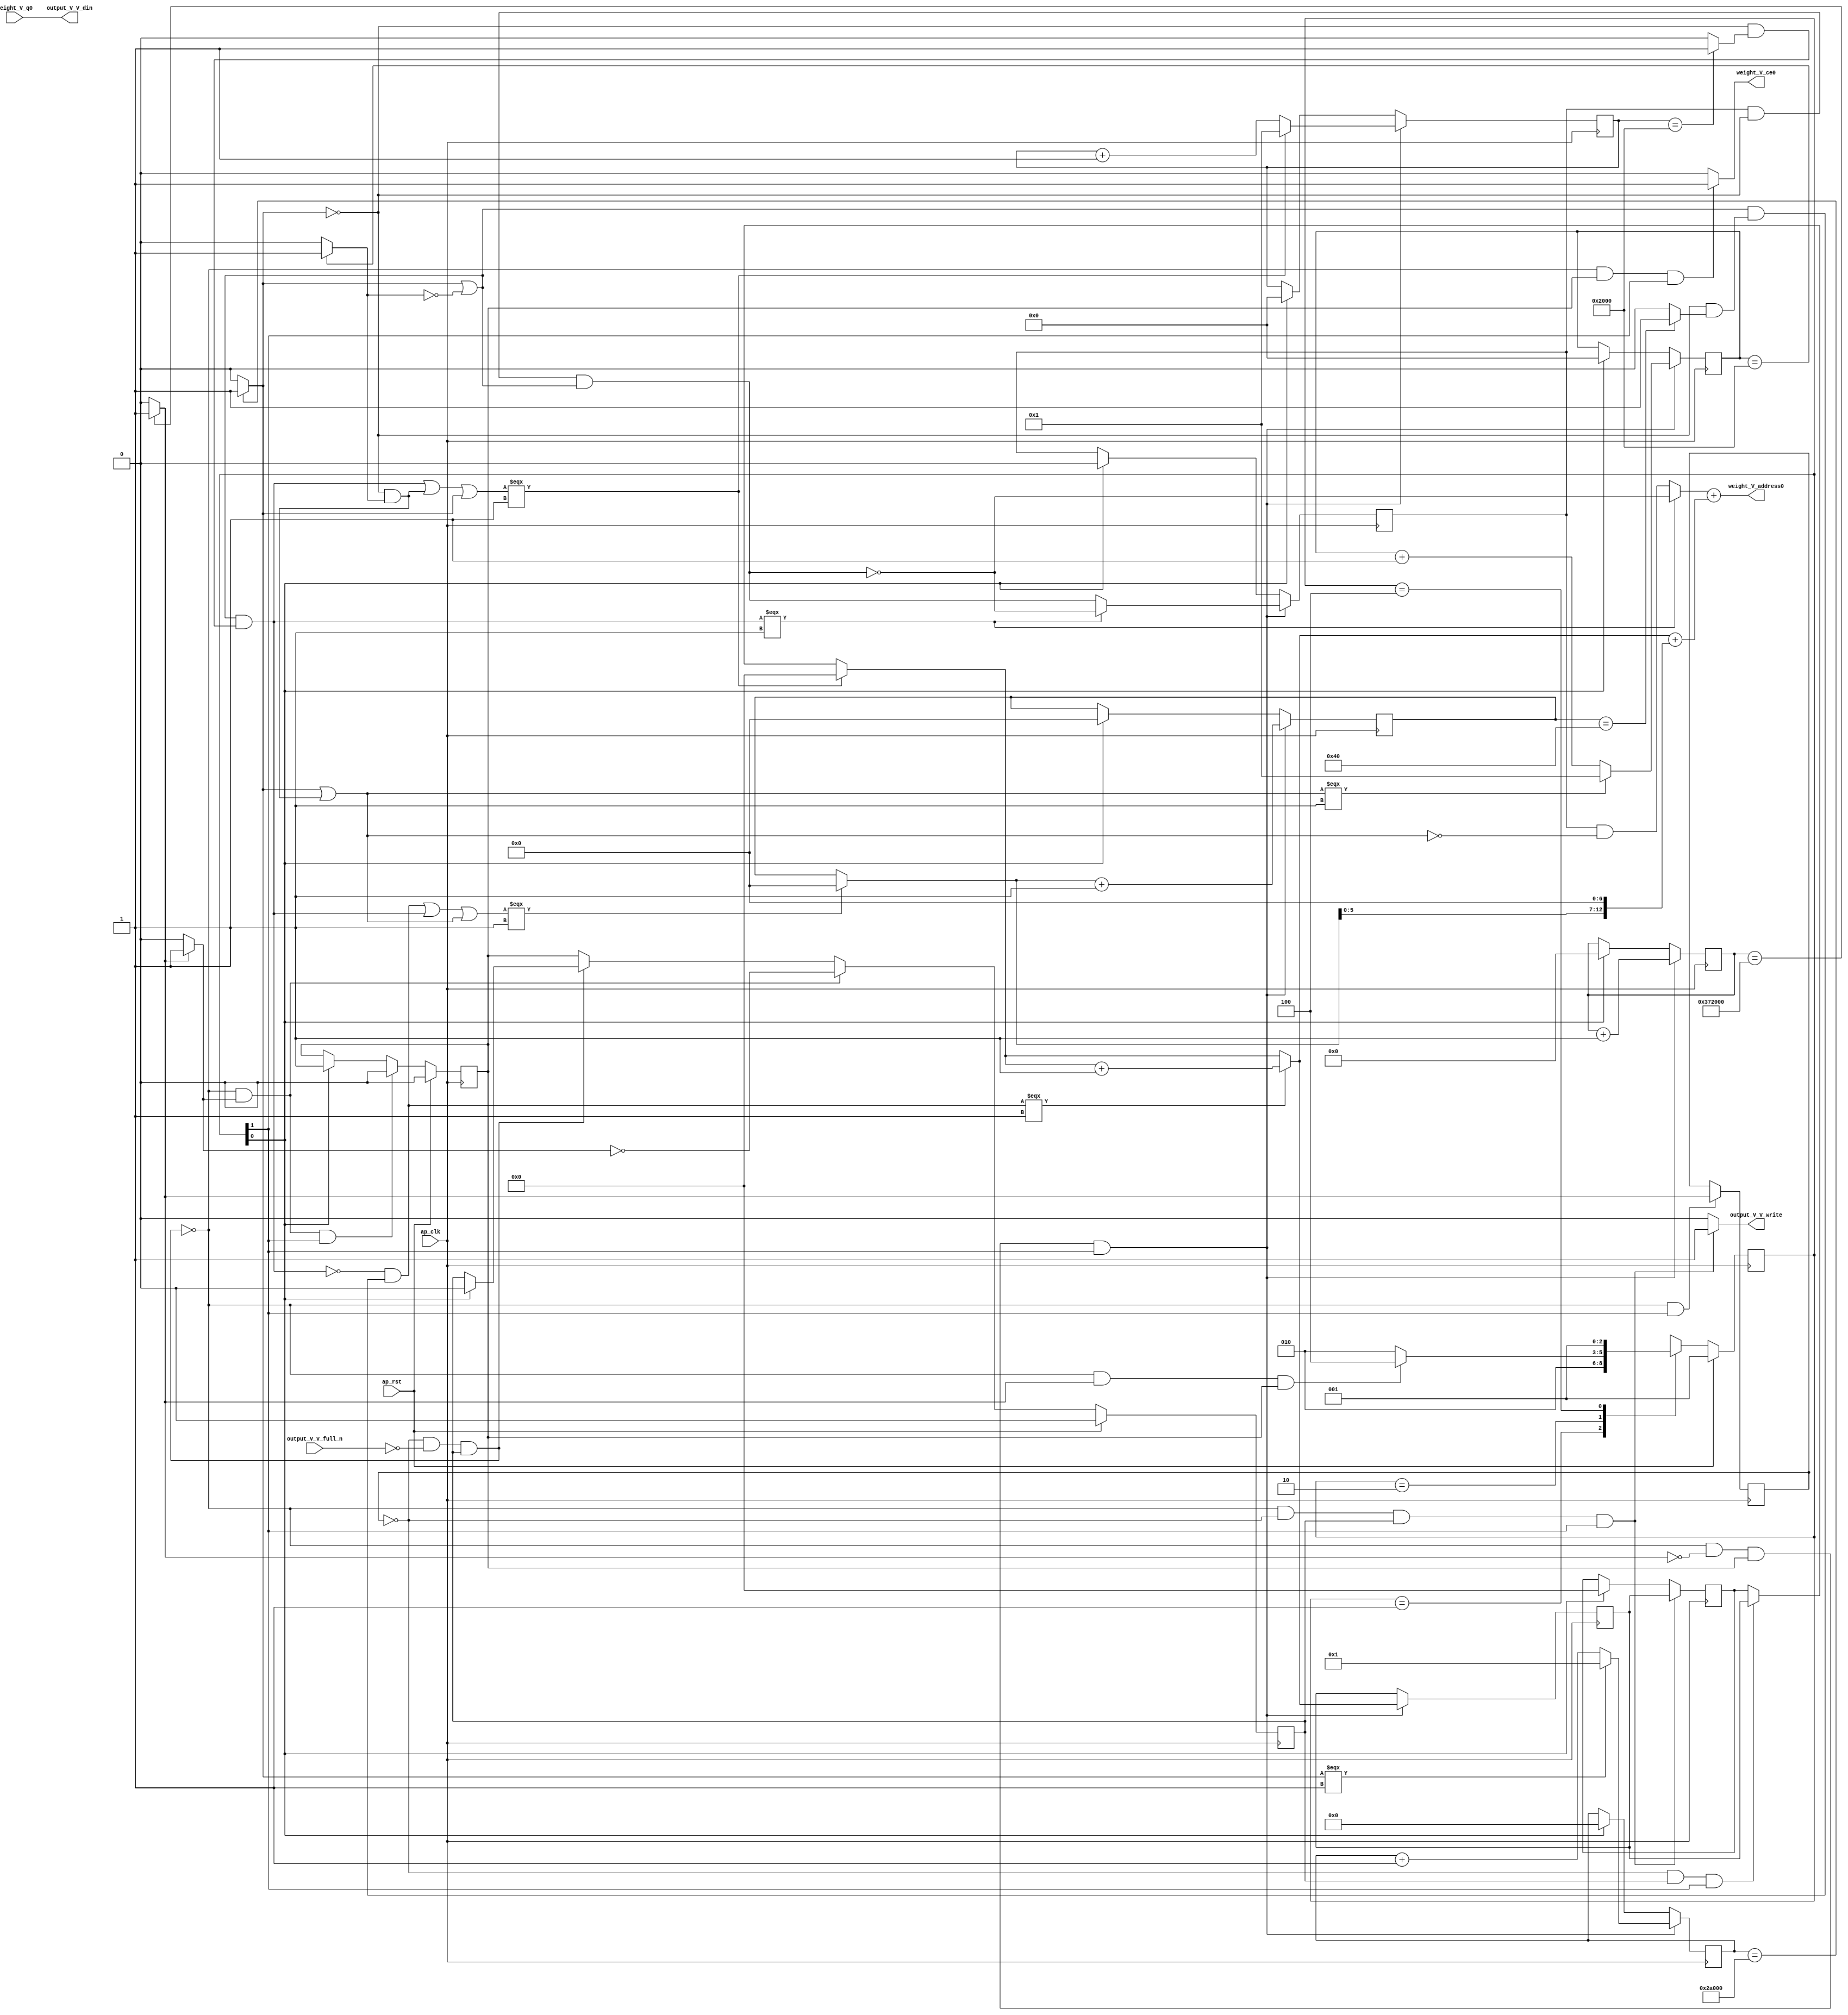
// ==============================================================
// RTL generated by Vivado(TM) HLS - High-Level Synthesis from C, C++ and SystemC
// Version: 2017.4
// Copyright (C) 1986-2017 Xilinx, Inc. All Rights Reserved.
// 
// ===========================================================

`timescale 1 ns / 1 ps 

(* CORE_GENERATION_INFO="weight_s_15,hls_ip_2017_4,{HLS_INPUT_TYPE=cxx,HLS_INPUT_FLOAT=0,HLS_INPUT_FIXED=1,HLS_INPUT_PART=xczu9eg-ffvb1156-2-e,HLS_INPUT_CLOCK=10.000000,HLS_INPUT_ARCH=others,HLS_SYN_CLOCK=6.041688,HLS_SYN_LAT=3612674,HLS_SYN_TPT=none,HLS_SYN_MEM=0,HLS_SYN_DSP=0,HLS_SYN_FF=101,HLS_SYN_LUT=649}" *)

module weight_s_15 (
        ap_clk,
        ap_rst,
        output_V_V_din,
        output_V_V_full_n,
        output_V_V_write,
        weight_V_address0,
        weight_V_ce0,
        weight_V_q0
);

parameter    ap_ST_fsm_state1 = 3'd1;
parameter    ap_ST_fsm_pp0_stage0 = 3'd2;
parameter    ap_ST_fsm_state4 = 3'd4;

input   ap_clk;
input   ap_rst;
output  [7:0] output_V_V_din;
input   output_V_V_full_n;
output   output_V_V_write;
output  [12:0] weight_V_address0;
output   weight_V_ce0;
input  [7:0] weight_V_q0;

reg output_V_V_write;
reg weight_V_ce0;

reg    output_V_V_blk_n;
(* fsm_encoding = "none" *) reg   [2:0] ap_CS_fsm;
wire    ap_CS_fsm_pp0_stage0;
reg    ap_enable_reg_pp0_iter1;
wire    ap_block_pp0_stage0;
reg   [0:0] exitcond_flatten3_reg_474;
reg   [21:0] indvar_flatten1_reg_110;
reg   [18:0] indvar_flatten2_reg_121;
reg   [14:0] indvar_flatten3_reg_132;
reg   [0:0] wkern_reg_143;
reg   [14:0] indvar_flatten_reg_154;
reg   [7:0] pkern_reg_165;
reg   [6:0] pout_reg_176;
wire   [0:0] exitcond_flatten3_fu_187_p2;
wire    ap_block_state2_pp0_stage0_iter0;
reg    ap_block_state3_pp0_stage0_iter1;
reg    ap_block_pp0_stage0_11001;
wire   [21:0] indvar_flatten_next3_fu_193_p2;
reg    ap_enable_reg_pp0_iter0;
wire   [0:0] wkern_mid2_fu_351_p3;
wire   [7:0] tmp_4_mid2_fu_385_p3;
reg   [7:0] tmp_4_mid2_reg_488;
wire   [6:0] pout_1_fu_426_p2;
wire   [14:0] indvar_flatten_next_fu_438_p3;
wire   [14:0] indvar_flatten_next1_fu_452_p3;
wire   [18:0] indvar_flatten_next2_fu_466_p3;
wire    ap_CS_fsm_state1;
reg    ap_block_pp0_stage0_subdone;
reg    ap_condition_pp0_exit_iter0_state2;
reg   [7:0] ap_phi_mux_pkern_phi_fu_169_p4;
wire   [63:0] tmp_11_cast_fu_421_p1;
reg    ap_block_pp0_stage0_01001;
wire   [0:0] exitcond_flatten_fu_199_p2;
wire   [0:0] not_exitcond_flatten_fu_205_p2;
wire   [0:0] exitcond_fu_217_p2;
wire   [0:0] exitcond_flatten1_fu_229_p2;
wire   [0:0] exitcond_flatten2_fu_241_p2;
wire   [0:0] exitcond_flatten15_n_fu_253_p2;
wire   [0:0] wkern_mid_fu_211_p2;
wire   [0:0] not_exitcond_flatten_1_fu_259_p2;
wire   [0:0] exitcond_flatten15_m_fu_247_p2;
wire   [0:0] tmp_1_fu_271_p2;
wire   [0:0] not_tmp_1_fu_277_p2;
wire   [0:0] exitcond_mid_fu_223_p2;
wire   [0:0] exitcond_flatten_mid_fu_235_p2;
wire   [0:0] wkern_mid1_fu_265_p2;
wire   [0:0] exitcond_flatten_mid_2_fu_295_p2;
wire   [0:0] tmp_5_fu_307_p2;
wire   [0:0] tmp_2_fu_313_p2;
wire   [0:0] wkern_1_fu_301_p2;
wire   [0:0] tmp_2_mid_fu_283_p2;
wire   [0:0] tmp_2_mid2_fu_327_p3;
wire   [0:0] exitcond_mid1_fu_289_p2;
wire   [0:0] not_exitcond_flatten_2_fu_339_p2;
wire   [7:0] pkern_mid1_fu_319_p3;
wire   [0:0] exitcond_mid2_fu_345_p2;
wire   [0:0] tmp_7_fu_365_p2;
wire   [0:0] tmp_3_fu_371_p2;
wire   [7:0] pkern_1_fu_359_p2;
wire   [6:0] pout_mid2_fu_377_p3;
wire   [13:0] tmp_8_fu_397_p3;
wire   [14:0] tmp_4_mid2_cast_fu_393_p1;
wire   [14:0] tmp_9_cast_fu_405_p1;
wire   [14:0] tmp_2_mid2_cast_fu_335_p1;
wire   [14:0] tmp_s_fu_409_p2;
wire   [14:0] tmp_4_fu_415_p2;
wire   [14:0] indvar_flatten_op_fu_432_p2;
wire   [14:0] indvar_flatten13_op_fu_446_p2;
wire   [18:0] indvar_flatten37_op_fu_460_p2;
reg   [2:0] ap_NS_fsm;
reg    ap_idle_pp0;
wire    ap_enable_pp0;

// power-on initialization
initial begin
#0 ap_CS_fsm = 3'd1;
#0 ap_enable_reg_pp0_iter1 = 1'b0;
#0 ap_enable_reg_pp0_iter0 = 1'b0;
end

always @ (posedge ap_clk) begin
    if (ap_rst == 1'b1) begin
        ap_CS_fsm <= ap_ST_fsm_state1;
    end else begin
        ap_CS_fsm <= ap_NS_fsm;
    end
end

always @ (posedge ap_clk) begin
    if (ap_rst == 1'b1) begin
        ap_enable_reg_pp0_iter0 <= 1'b0;
    end else begin
        if (((1'b0 == ap_block_pp0_stage0_subdone) & (1'b1 == ap_condition_pp0_exit_iter0_state2) & (1'b1 == ap_CS_fsm_pp0_stage0))) begin
            ap_enable_reg_pp0_iter0 <= 1'b0;
        end else if ((1'b1 == ap_CS_fsm_state1)) begin
            ap_enable_reg_pp0_iter0 <= 1'b1;
        end
    end
end

always @ (posedge ap_clk) begin
    if (ap_rst == 1'b1) begin
        ap_enable_reg_pp0_iter1 <= 1'b0;
    end else begin
        if (((1'b0 == ap_block_pp0_stage0_subdone) & (1'b1 == ap_condition_pp0_exit_iter0_state2))) begin
            ap_enable_reg_pp0_iter1 <= (1'b1 ^ ap_condition_pp0_exit_iter0_state2);
        end else if ((1'b0 == ap_block_pp0_stage0_subdone)) begin
            ap_enable_reg_pp0_iter1 <= ap_enable_reg_pp0_iter0;
        end else if ((1'b1 == ap_CS_fsm_state1)) begin
            ap_enable_reg_pp0_iter1 <= 1'b0;
        end
    end
end

always @ (posedge ap_clk) begin
    if (((1'b0 == ap_block_pp0_stage0_11001) & (exitcond_flatten3_fu_187_p2 == 1'd0) & (ap_enable_reg_pp0_iter0 == 1'b1) & (1'b1 == ap_CS_fsm_pp0_stage0))) begin
        indvar_flatten1_reg_110 <= indvar_flatten_next3_fu_193_p2;
    end else if ((1'b1 == ap_CS_fsm_state1)) begin
        indvar_flatten1_reg_110 <= 22'd0;
    end
end

always @ (posedge ap_clk) begin
    if (((1'b0 == ap_block_pp0_stage0_11001) & (exitcond_flatten3_fu_187_p2 == 1'd0) & (ap_enable_reg_pp0_iter0 == 1'b1) & (1'b1 == ap_CS_fsm_pp0_stage0))) begin
        indvar_flatten2_reg_121 <= indvar_flatten_next2_fu_466_p3;
    end else if ((1'b1 == ap_CS_fsm_state1)) begin
        indvar_flatten2_reg_121 <= 19'd0;
    end
end

always @ (posedge ap_clk) begin
    if (((1'b0 == ap_block_pp0_stage0_11001) & (exitcond_flatten3_fu_187_p2 == 1'd0) & (ap_enable_reg_pp0_iter0 == 1'b1) & (1'b1 == ap_CS_fsm_pp0_stage0))) begin
        indvar_flatten3_reg_132 <= indvar_flatten_next1_fu_452_p3;
    end else if ((1'b1 == ap_CS_fsm_state1)) begin
        indvar_flatten3_reg_132 <= 15'd0;
    end
end

always @ (posedge ap_clk) begin
    if (((1'b0 == ap_block_pp0_stage0_11001) & (exitcond_flatten3_fu_187_p2 == 1'd0) & (ap_enable_reg_pp0_iter0 == 1'b1) & (1'b1 == ap_CS_fsm_pp0_stage0))) begin
        indvar_flatten_reg_154 <= indvar_flatten_next_fu_438_p3;
    end else if ((1'b1 == ap_CS_fsm_state1)) begin
        indvar_flatten_reg_154 <= 15'd0;
    end
end

always @ (posedge ap_clk) begin
    if (((1'b0 == ap_block_pp0_stage0_11001) & (exitcond_flatten3_reg_474 == 1'd0) & (ap_enable_reg_pp0_iter1 == 1'b1) & (1'b1 == ap_CS_fsm_pp0_stage0))) begin
        pkern_reg_165 <= tmp_4_mid2_reg_488;
    end else if ((1'b1 == ap_CS_fsm_state1)) begin
        pkern_reg_165 <= 8'd0;
    end
end

always @ (posedge ap_clk) begin
    if (((1'b0 == ap_block_pp0_stage0_11001) & (exitcond_flatten3_fu_187_p2 == 1'd0) & (ap_enable_reg_pp0_iter0 == 1'b1) & (1'b1 == ap_CS_fsm_pp0_stage0))) begin
        pout_reg_176 <= pout_1_fu_426_p2;
    end else if ((1'b1 == ap_CS_fsm_state1)) begin
        pout_reg_176 <= 7'd0;
    end
end

always @ (posedge ap_clk) begin
    if (((1'b0 == ap_block_pp0_stage0_11001) & (exitcond_flatten3_fu_187_p2 == 1'd0) & (ap_enable_reg_pp0_iter0 == 1'b1) & (1'b1 == ap_CS_fsm_pp0_stage0))) begin
        wkern_reg_143 <= wkern_mid2_fu_351_p3;
    end else if ((1'b1 == ap_CS_fsm_state1)) begin
        wkern_reg_143 <= 1'd0;
    end
end

always @ (posedge ap_clk) begin
    if (((1'b0 == ap_block_pp0_stage0_11001) & (1'b1 == ap_CS_fsm_pp0_stage0))) begin
        exitcond_flatten3_reg_474 <= exitcond_flatten3_fu_187_p2;
    end
end

always @ (posedge ap_clk) begin
    if (((1'b0 == ap_block_pp0_stage0_11001) & (exitcond_flatten3_fu_187_p2 == 1'd0) & (ap_enable_reg_pp0_iter0 == 1'b1) & (1'b1 == ap_CS_fsm_pp0_stage0))) begin
        tmp_4_mid2_reg_488 <= tmp_4_mid2_fu_385_p3;
    end
end

always @ (*) begin
    if ((exitcond_flatten3_fu_187_p2 == 1'd1)) begin
        ap_condition_pp0_exit_iter0_state2 = 1'b1;
    end else begin
        ap_condition_pp0_exit_iter0_state2 = 1'b0;
    end
end

always @ (*) begin
    if (((ap_enable_reg_pp0_iter0 == 1'b0) & (ap_enable_reg_pp0_iter1 == 1'b0))) begin
        ap_idle_pp0 = 1'b1;
    end else begin
        ap_idle_pp0 = 1'b0;
    end
end

always @ (*) begin
    if (((exitcond_flatten3_reg_474 == 1'd0) & (1'b0 == ap_block_pp0_stage0) & (ap_enable_reg_pp0_iter1 == 1'b1) & (1'b1 == ap_CS_fsm_pp0_stage0))) begin
        ap_phi_mux_pkern_phi_fu_169_p4 = tmp_4_mid2_reg_488;
    end else begin
        ap_phi_mux_pkern_phi_fu_169_p4 = pkern_reg_165;
    end
end

always @ (*) begin
    if (((exitcond_flatten3_reg_474 == 1'd0) & (1'b0 == ap_block_pp0_stage0) & (ap_enable_reg_pp0_iter1 == 1'b1) & (1'b1 == ap_CS_fsm_pp0_stage0))) begin
        output_V_V_blk_n = output_V_V_full_n;
    end else begin
        output_V_V_blk_n = 1'b1;
    end
end

always @ (*) begin
    if (((1'b0 == ap_block_pp0_stage0_11001) & (exitcond_flatten3_reg_474 == 1'd0) & (ap_enable_reg_pp0_iter1 == 1'b1) & (1'b1 == ap_CS_fsm_pp0_stage0))) begin
        output_V_V_write = 1'b1;
    end else begin
        output_V_V_write = 1'b0;
    end
end

always @ (*) begin
    if (((1'b0 == ap_block_pp0_stage0_11001) & (ap_enable_reg_pp0_iter0 == 1'b1) & (1'b1 == ap_CS_fsm_pp0_stage0))) begin
        weight_V_ce0 = 1'b1;
    end else begin
        weight_V_ce0 = 1'b0;
    end
end

always @ (*) begin
    case (ap_CS_fsm)
        ap_ST_fsm_state1 : begin
            ap_NS_fsm = ap_ST_fsm_pp0_stage0;
        end
        ap_ST_fsm_pp0_stage0 : begin
            if (~((1'b0 == ap_block_pp0_stage0_subdone) & (exitcond_flatten3_fu_187_p2 == 1'd1) & (ap_enable_reg_pp0_iter0 == 1'b1))) begin
                ap_NS_fsm = ap_ST_fsm_pp0_stage0;
            end else if (((1'b0 == ap_block_pp0_stage0_subdone) & (exitcond_flatten3_fu_187_p2 == 1'd1) & (ap_enable_reg_pp0_iter0 == 1'b1))) begin
                ap_NS_fsm = ap_ST_fsm_state4;
            end else begin
                ap_NS_fsm = ap_ST_fsm_pp0_stage0;
            end
        end
        ap_ST_fsm_state4 : begin
            ap_NS_fsm = ap_ST_fsm_state1;
        end
        default : begin
            ap_NS_fsm = 'bx;
        end
    endcase
end

assign ap_CS_fsm_pp0_stage0 = ap_CS_fsm[32'd1];

assign ap_CS_fsm_state1 = ap_CS_fsm[32'd0];

assign ap_block_pp0_stage0 = ~(1'b1 == 1'b1);

always @ (*) begin
    ap_block_pp0_stage0_01001 = ((exitcond_flatten3_reg_474 == 1'd0) & (output_V_V_full_n == 1'b0) & (ap_enable_reg_pp0_iter1 == 1'b1));
end

always @ (*) begin
    ap_block_pp0_stage0_11001 = ((exitcond_flatten3_reg_474 == 1'd0) & (output_V_V_full_n == 1'b0) & (ap_enable_reg_pp0_iter1 == 1'b1));
end

always @ (*) begin
    ap_block_pp0_stage0_subdone = ((exitcond_flatten3_reg_474 == 1'd0) & (output_V_V_full_n == 1'b0) & (ap_enable_reg_pp0_iter1 == 1'b1));
end

assign ap_block_state2_pp0_stage0_iter0 = ~(1'b1 == 1'b1);

always @ (*) begin
    ap_block_state3_pp0_stage0_iter1 = ((exitcond_flatten3_reg_474 == 1'd0) & (output_V_V_full_n == 1'b0));
end

assign ap_enable_pp0 = (ap_idle_pp0 ^ 1'b1);

assign exitcond_flatten15_m_fu_247_p2 = (not_exitcond_flatten_fu_205_p2 & exitcond_flatten2_fu_241_p2);

assign exitcond_flatten15_n_fu_253_p2 = (exitcond_flatten2_fu_241_p2 ^ 1'd1);

assign exitcond_flatten1_fu_229_p2 = ((indvar_flatten_reg_154 == 15'd8192) ? 1'b1 : 1'b0);

assign exitcond_flatten2_fu_241_p2 = ((indvar_flatten3_reg_132 == 15'd8192) ? 1'b1 : 1'b0);

assign exitcond_flatten3_fu_187_p2 = ((indvar_flatten1_reg_110 == 22'd3612672) ? 1'b1 : 1'b0);

assign exitcond_flatten_fu_199_p2 = ((indvar_flatten2_reg_121 == 19'd172032) ? 1'b1 : 1'b0);

assign exitcond_flatten_mid_2_fu_295_p2 = (not_exitcond_flatten_1_fu_259_p2 & exitcond_flatten_mid_fu_235_p2);

assign exitcond_flatten_mid_fu_235_p2 = (not_exitcond_flatten_fu_205_p2 & exitcond_flatten1_fu_229_p2);

assign exitcond_fu_217_p2 = ((pout_reg_176 == 7'd64) ? 1'b1 : 1'b0);

assign exitcond_mid1_fu_289_p2 = (not_exitcond_flatten_1_fu_259_p2 & exitcond_mid_fu_223_p2);

assign exitcond_mid2_fu_345_p2 = (not_exitcond_flatten_2_fu_339_p2 & exitcond_mid1_fu_289_p2);

assign exitcond_mid_fu_223_p2 = (not_exitcond_flatten_fu_205_p2 & exitcond_fu_217_p2);

assign indvar_flatten13_op_fu_446_p2 = (indvar_flatten3_reg_132 + 15'd1);

assign indvar_flatten37_op_fu_460_p2 = (indvar_flatten2_reg_121 + 19'd1);

assign indvar_flatten_next1_fu_452_p3 = ((tmp_1_fu_271_p2[0:0] === 1'b1) ? 15'd1 : indvar_flatten13_op_fu_446_p2);

assign indvar_flatten_next2_fu_466_p3 = ((exitcond_flatten_fu_199_p2[0:0] === 1'b1) ? 19'd1 : indvar_flatten37_op_fu_460_p2);

assign indvar_flatten_next3_fu_193_p2 = (indvar_flatten1_reg_110 + 22'd1);

assign indvar_flatten_next_fu_438_p3 = ((tmp_2_fu_313_p2[0:0] === 1'b1) ? 15'd1 : indvar_flatten_op_fu_432_p2);

assign indvar_flatten_op_fu_432_p2 = (indvar_flatten_reg_154 + 15'd1);

assign not_exitcond_flatten_1_fu_259_p2 = (exitcond_flatten_fu_199_p2 | exitcond_flatten15_n_fu_253_p2);

assign not_exitcond_flatten_2_fu_339_p2 = (exitcond_flatten_mid_2_fu_295_p2 ^ 1'd1);

assign not_exitcond_flatten_fu_205_p2 = (exitcond_flatten_fu_199_p2 ^ 1'd1);

assign not_tmp_1_fu_277_p2 = (tmp_1_fu_271_p2 ^ 1'd1);

assign output_V_V_din = weight_V_q0;

assign pkern_1_fu_359_p2 = (pkern_mid1_fu_319_p3 + 8'd1);

assign pkern_mid1_fu_319_p3 = ((tmp_2_fu_313_p2[0:0] === 1'b1) ? 8'd0 : ap_phi_mux_pkern_phi_fu_169_p4);

assign pout_1_fu_426_p2 = (pout_mid2_fu_377_p3 + 7'd1);

assign pout_mid2_fu_377_p3 = ((tmp_3_fu_371_p2[0:0] === 1'b1) ? 7'd0 : pout_reg_176);

assign tmp_11_cast_fu_421_p1 = tmp_4_fu_415_p2;

assign tmp_1_fu_271_p2 = (exitcond_flatten_fu_199_p2 | exitcond_flatten15_m_fu_247_p2);

assign tmp_2_fu_313_p2 = (tmp_5_fu_307_p2 | exitcond_flatten_fu_199_p2);

assign tmp_2_mid2_cast_fu_335_p1 = tmp_2_mid2_fu_327_p3;

assign tmp_2_mid2_fu_327_p3 = ((exitcond_flatten_mid_2_fu_295_p2[0:0] === 1'b1) ? wkern_1_fu_301_p2 : tmp_2_mid_fu_283_p2);

assign tmp_2_mid_fu_283_p2 = (wkern_reg_143 & not_tmp_1_fu_277_p2);

assign tmp_3_fu_371_p2 = (tmp_7_fu_365_p2 | tmp_1_fu_271_p2);

assign tmp_4_fu_415_p2 = (tmp_2_mid2_cast_fu_335_p1 + tmp_s_fu_409_p2);

assign tmp_4_mid2_cast_fu_393_p1 = tmp_4_mid2_fu_385_p3;

assign tmp_4_mid2_fu_385_p3 = ((exitcond_mid2_fu_345_p2[0:0] === 1'b1) ? pkern_1_fu_359_p2 : pkern_mid1_fu_319_p3);

assign tmp_5_fu_307_p2 = (exitcond_flatten_mid_2_fu_295_p2 | exitcond_flatten15_m_fu_247_p2);

assign tmp_7_fu_365_p2 = (exitcond_mid2_fu_345_p2 | exitcond_flatten_mid_2_fu_295_p2);

assign tmp_8_fu_397_p3 = {{pout_mid2_fu_377_p3}, {7'd0}};

assign tmp_9_cast_fu_405_p1 = tmp_8_fu_397_p3;

assign tmp_s_fu_409_p2 = (tmp_4_mid2_cast_fu_393_p1 + tmp_9_cast_fu_405_p1);

assign weight_V_address0 = tmp_11_cast_fu_421_p1;

assign wkern_1_fu_301_p2 = (wkern_mid1_fu_265_p2 ^ 1'd1);

assign wkern_mid1_fu_265_p2 = (wkern_mid_fu_211_p2 & not_exitcond_flatten_1_fu_259_p2);

assign wkern_mid2_fu_351_p3 = ((exitcond_flatten_mid_2_fu_295_p2[0:0] === 1'b1) ? wkern_1_fu_301_p2 : wkern_mid1_fu_265_p2);

assign wkern_mid_fu_211_p2 = (wkern_reg_143 & not_exitcond_flatten_fu_205_p2);

endmodule //weight_s_15